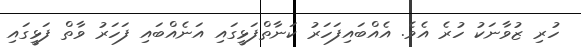
ހުރި ޒުވާނަކު ހުރެ އެވެ. އެއްބައިފަހަރު ކަނާތްފަޅީގައި އަނެއްބައި ފަހަރު ވާތް ފަޅީގައި